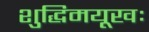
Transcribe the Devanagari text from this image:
शुद्धिमयूखः